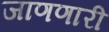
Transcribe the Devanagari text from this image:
जाणणारी